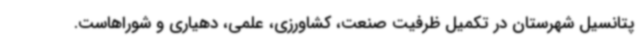
پتانسیل شهرستان در تکمیل ظرفیت صنعت، کشاورزی، علمی، دهیاری و شوراهاست.